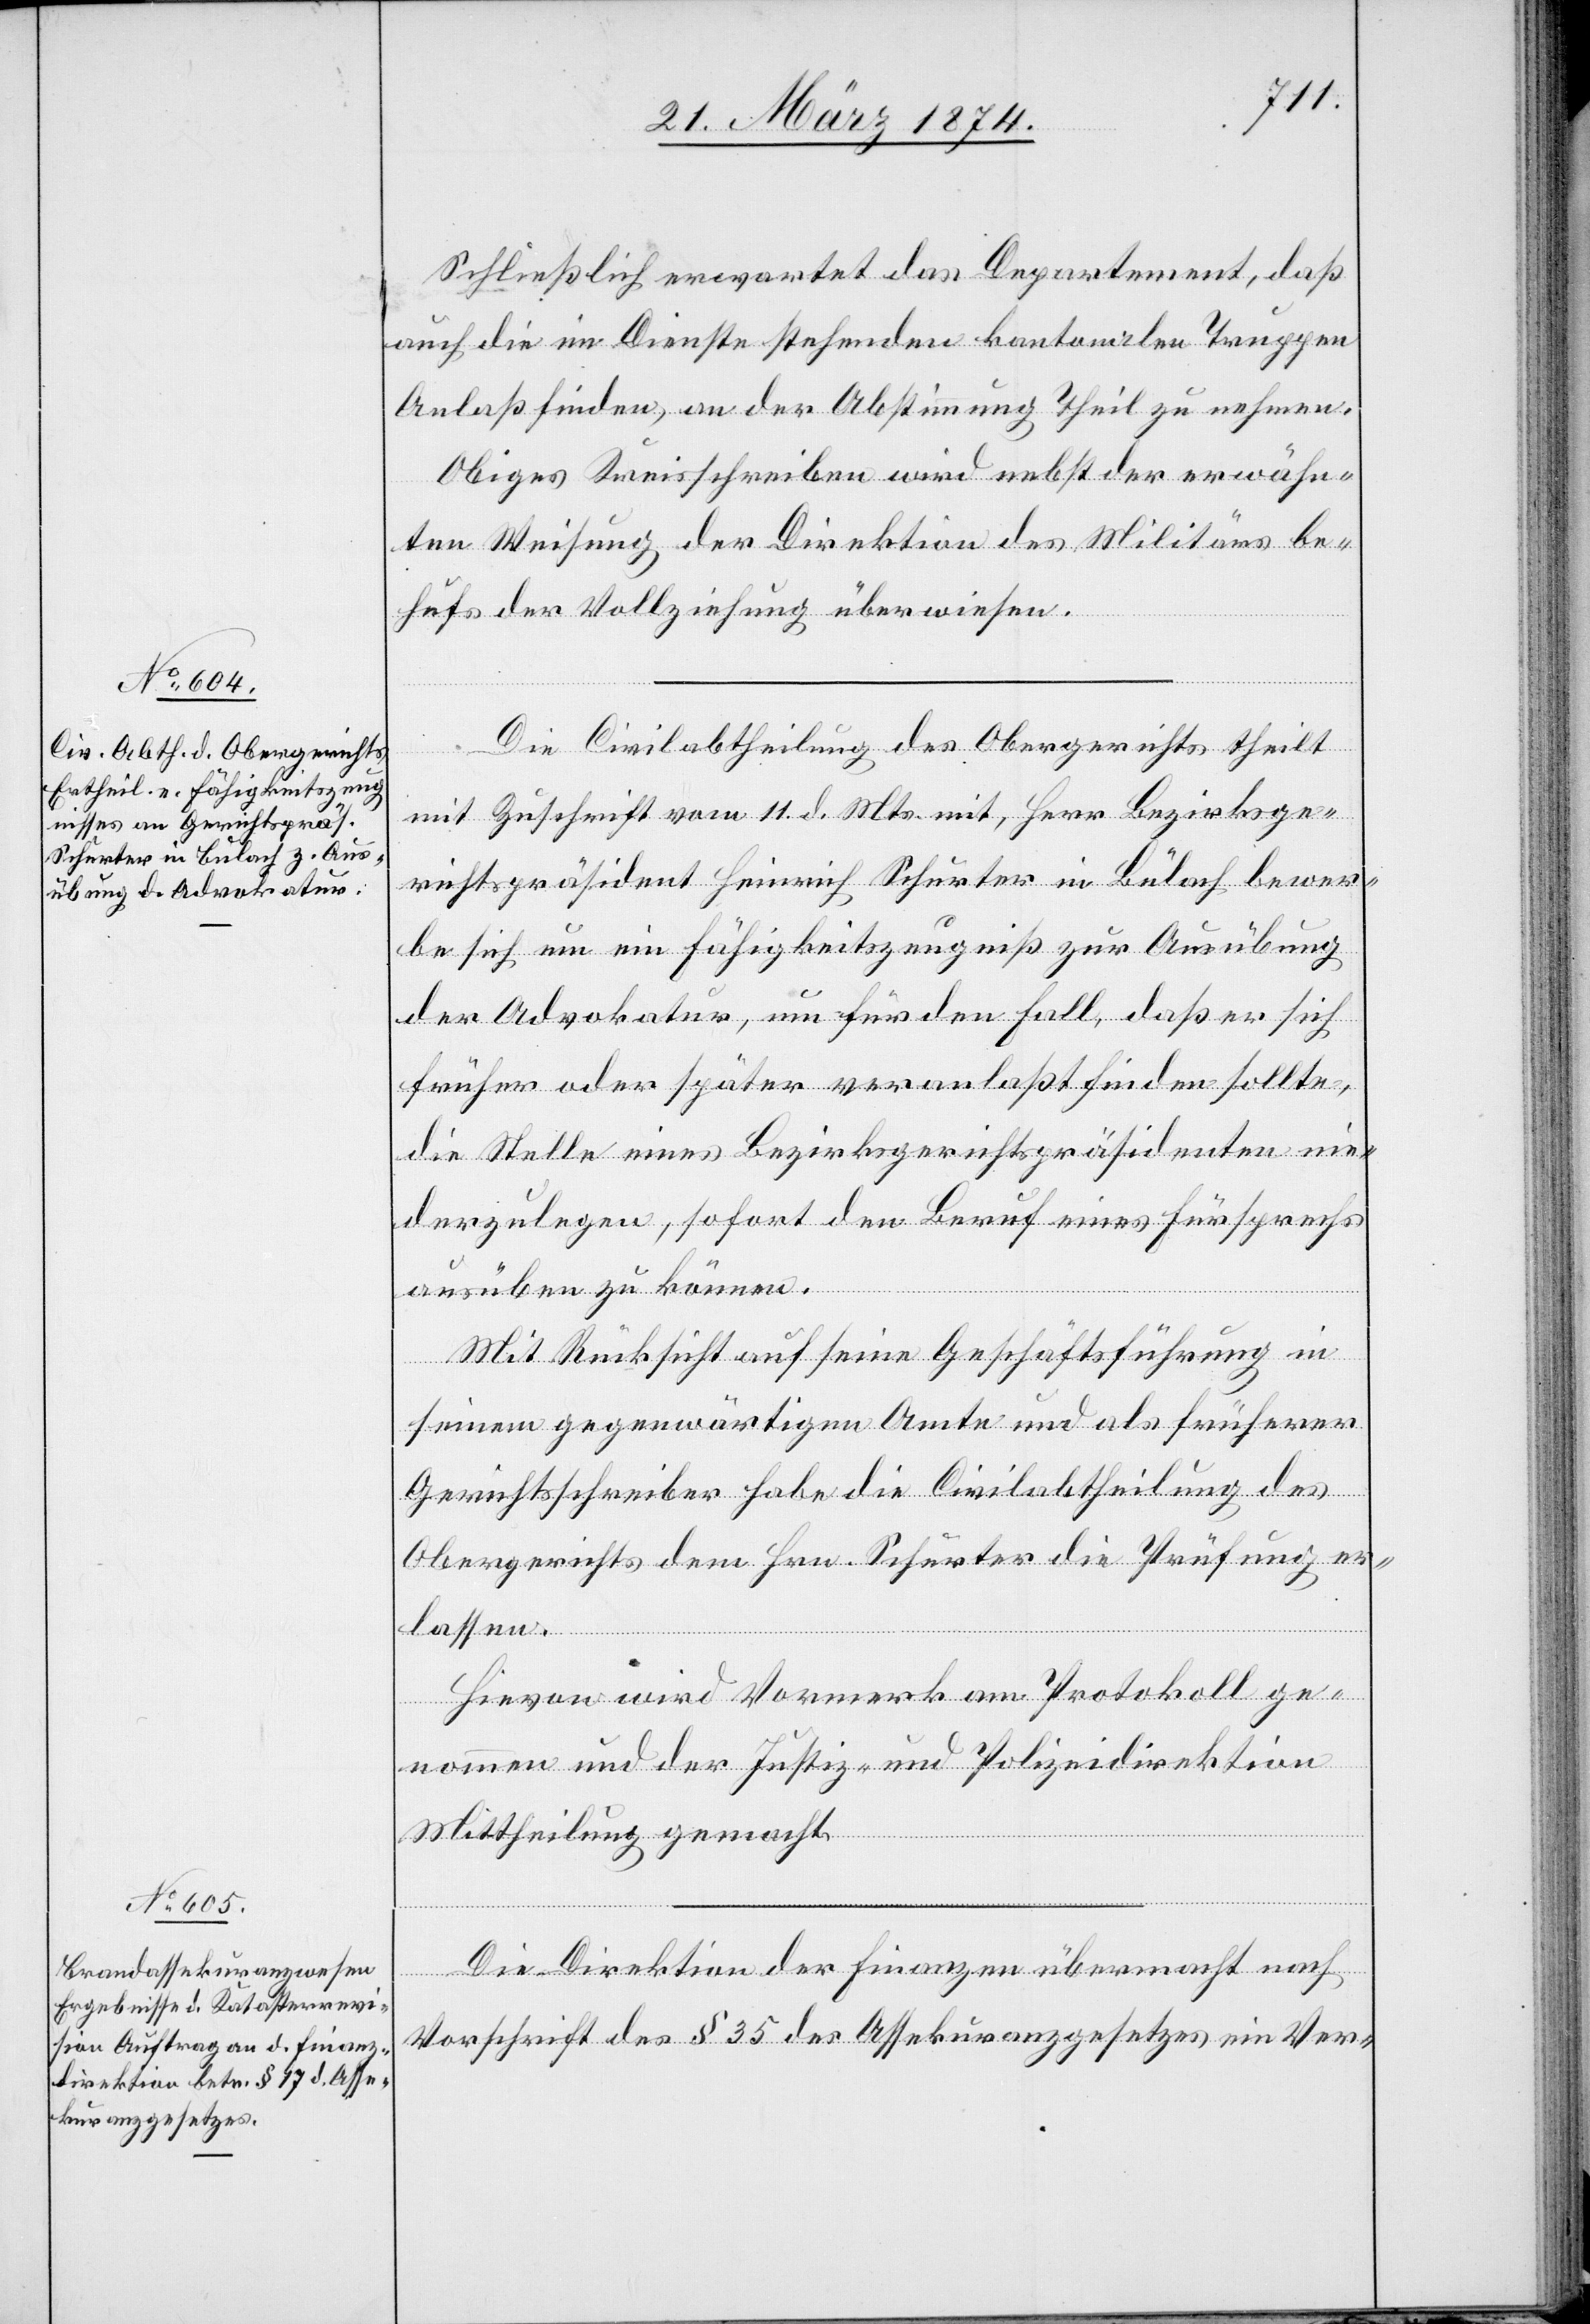
Schließlich erwartet das Departement, daß
auch die im Dienste stehenden kantonalen Truppen
Anlaß finden, an der Abstimmung Theil zu nehmen.
Obiges Kreisschreiben wird nebst der erwähn¬
ten Weisung der Direktion des Militärs be¬
hufs der Vollziehung überwiesen.
Die Civilabtheilung des Obergerichtes theilt
mit Zuschrift vom 11. d. Mts. mit, Herr Bezirksge¬
richtspräsident Heinrich Schurter in Bülach bewer¬
be sich um ein Fähigkeitszeugniß zur Ausübung
der Advokatur, um für den Fall, daß er sich
früher oder später veranlaßt finden sollte,
die Stelle eines Bezirksgerichtspräsidenten nie¬
derzulegen, sofort den Beruf eines Fürsprechs
ausüben zu können.
Mit Rücksicht auf seine Geschäftsführung in
seinem gegenwärtigen Amte und als früherer
Gerichtsschreiber habe die Civilabtheilung des
Obergerichts dem Hrn. Schurter die Prüfung er¬
lassen.
Hievon wird Vormerk am Protokoll ge¬
nommen und der Justiz- und Polizeidirektion
Mittheilung gemacht.
Die Direktion der Finanzen übermacht nach
Vorschrift des § 35 des Assekuranzgesetzes ein Ver-